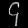
Digit: ၄